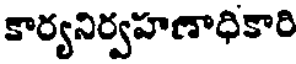
కార్యనిర్వహణాధికారి